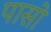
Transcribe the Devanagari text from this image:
पासो